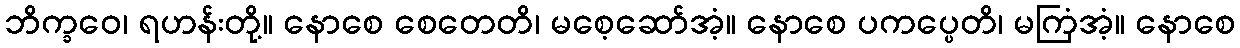
ဘိက္ခဝေ၊ ရဟန်းတို့။ နောစေ စေတေတိ၊ မစေ့ဆော်အံ့။ နောစေ ပကပ္ပေတိ၊ မကြံအံ့။ နောစေ